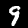
Label: 9